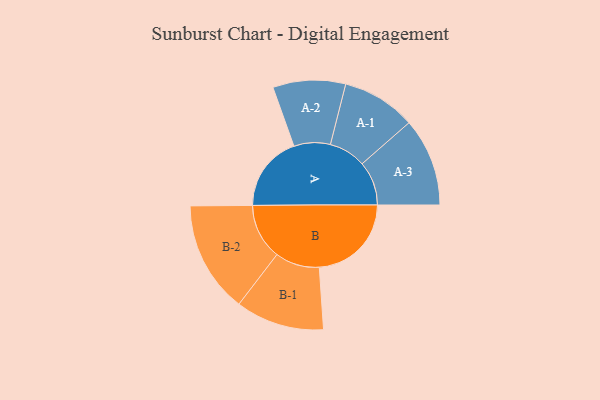
{"axis": {"x": "Segment", "y": "Value"}, "legend": ["", "A", "B"], "data": [{"x": "A", "y": 350, "type": ""}, {"x": "B", "y": 426, "type": ""}, {"x": "A-1", "y": 171, "type": "A"}, {"x": "A-2", "y": 168, "type": "A"}, {"x": "A-3", "y": 204, "type": "A"}, {"x": "B-1", "y": 205, "type": "B"}, {"x": "B-2", "y": 258, "type": "B"}]}